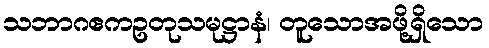
သဘာဂဧကဥတုသမုဋ္ဌာနံ၊ တူသောအဖို့ရှိသော